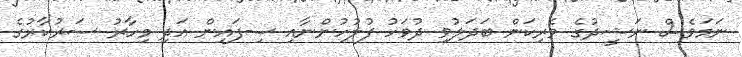
ނަމަވެސް ނަޝީދުގެ ވެރިކަން ބަދަލުވި ދުވަހު ފުލުހުންނާއި ސިފައިން އަދި މިހާރު ސަރުކާރުގެ